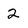
Character: 2